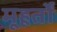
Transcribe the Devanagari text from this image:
मूहूर्तों